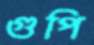
গুপি